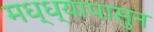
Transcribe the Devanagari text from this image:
मध्ध्यापासुन